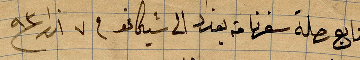
تابع رحلة سفرنا من بغداد الى شيكاغو في ٧ اذار ١٨٩٣